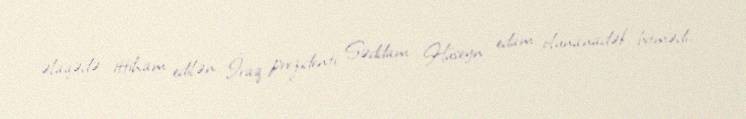
əlaqədə ittiham edilən İraq prezidenti Səddam Hüseyn edam olunanadək bitmədi,